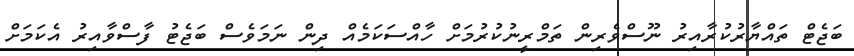
ބަޖެޓް ތައްޔާރުކުރާއިރު ނޫސްވެރިން ތަމްރީނުކުރުމަށް ހާއްސަކަމެއް ދިން ނަމަވެސް ބަޖެޓު ފާސްވާއިރު އެކަމަށް